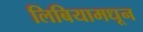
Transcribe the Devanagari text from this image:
लिबियामधून